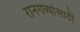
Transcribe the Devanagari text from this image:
रानगव्यांसाठी